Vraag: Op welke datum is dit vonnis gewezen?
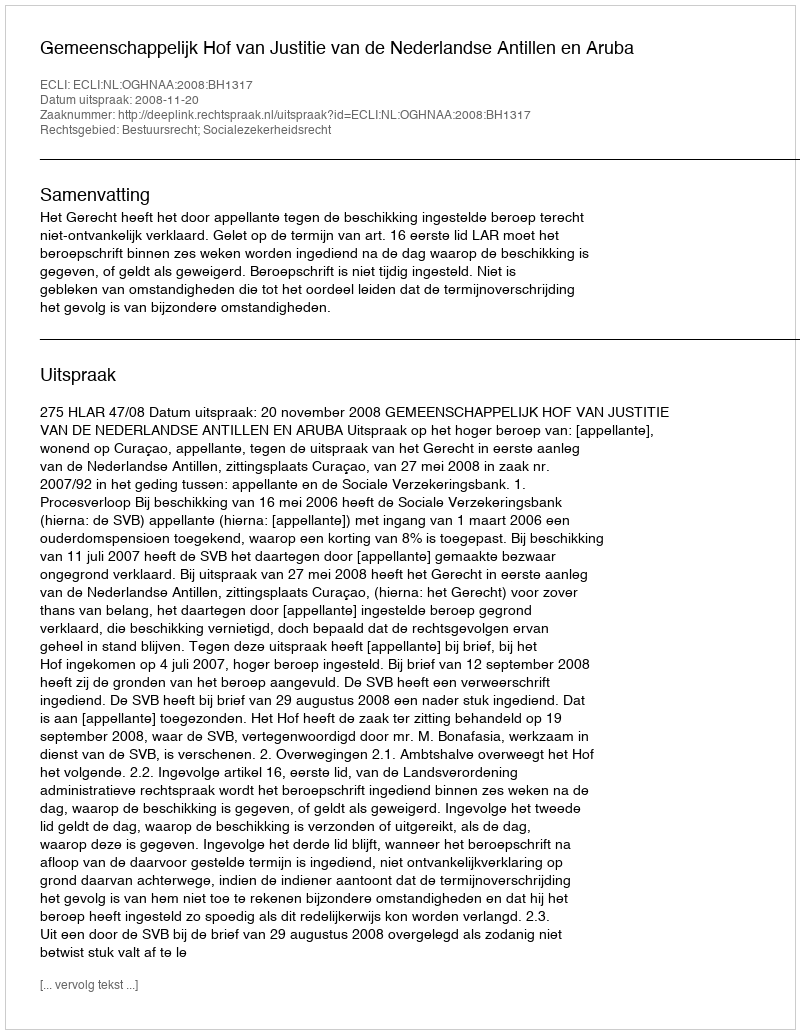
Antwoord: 2008-11-20